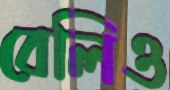
বেলিও